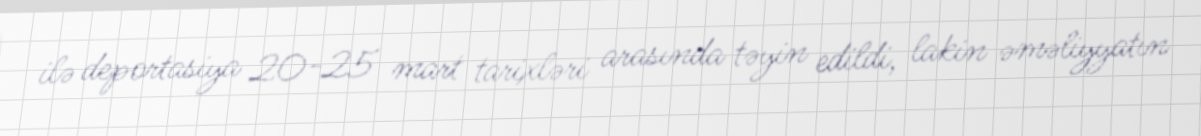
ilə deportasiya 20-25 mart tarixləri arasında təyin edildi, lakin əməliyyatın